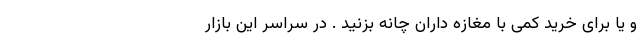
و یا برای خرید کمی با مغازه داران چانه بزنید . در سراسر این بازار